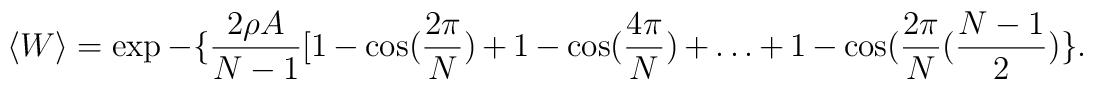
\langle W \rangle = \exp-\{\frac{2\rho A}{N-1}[ 1-\cos (\frac{2\pi}{N}) + 1-\cos (\frac{4\pi}{N}) + \dots + 1-\cos(\frac{2\pi}{N}(\frac{N-1}{2})\} .